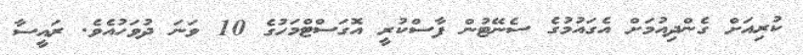
ކުރިއަށް ގެންދިއުމަށް އެގައުމުގެ ސެނޭޓުން ފާސްކުރީ އޮގަސްޓްމަހުގެ 10 ވަނަ ދުވަހުއެވެ. ރައީސާ